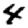
Digit: 4